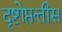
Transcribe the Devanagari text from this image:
दृष्टोप्तत्तीस